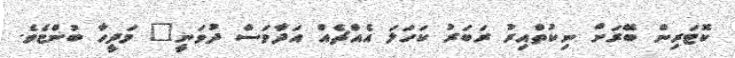
ކޮޓަރިން ބޭރަށް ނިކުތްއިރު ރަބަރު ކަހަލަ އެއްޗެއް އަދާވަސް ދުވަނީ" މަދީހާ ބުންޏެވެ.